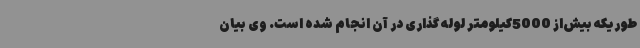
طوریکه بیش‌از 5000کیلومتر لوله گذاری در آن انجام شده است. وی بیان